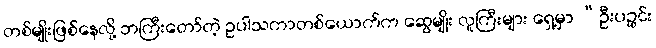
တစ်မျိုးဖြစ်နေလို့ ဘကြီးတော်တဲ့ ဥပါသကာတစ်ယောက်က ဆွေမျိုး လူကြီးများ ရှေ့မှာ “ဦးပဉ္စင်း